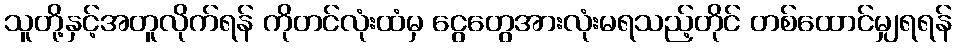
သူတို့နှင့်အတူလိုက်ရန် ကိုတင်လုံးထံမှ ငွေတွေအားလုံးမရသည့်တိုင် တစ်ထောင်မျှရရန်